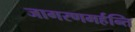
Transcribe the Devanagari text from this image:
जागरणमर्हन्ति